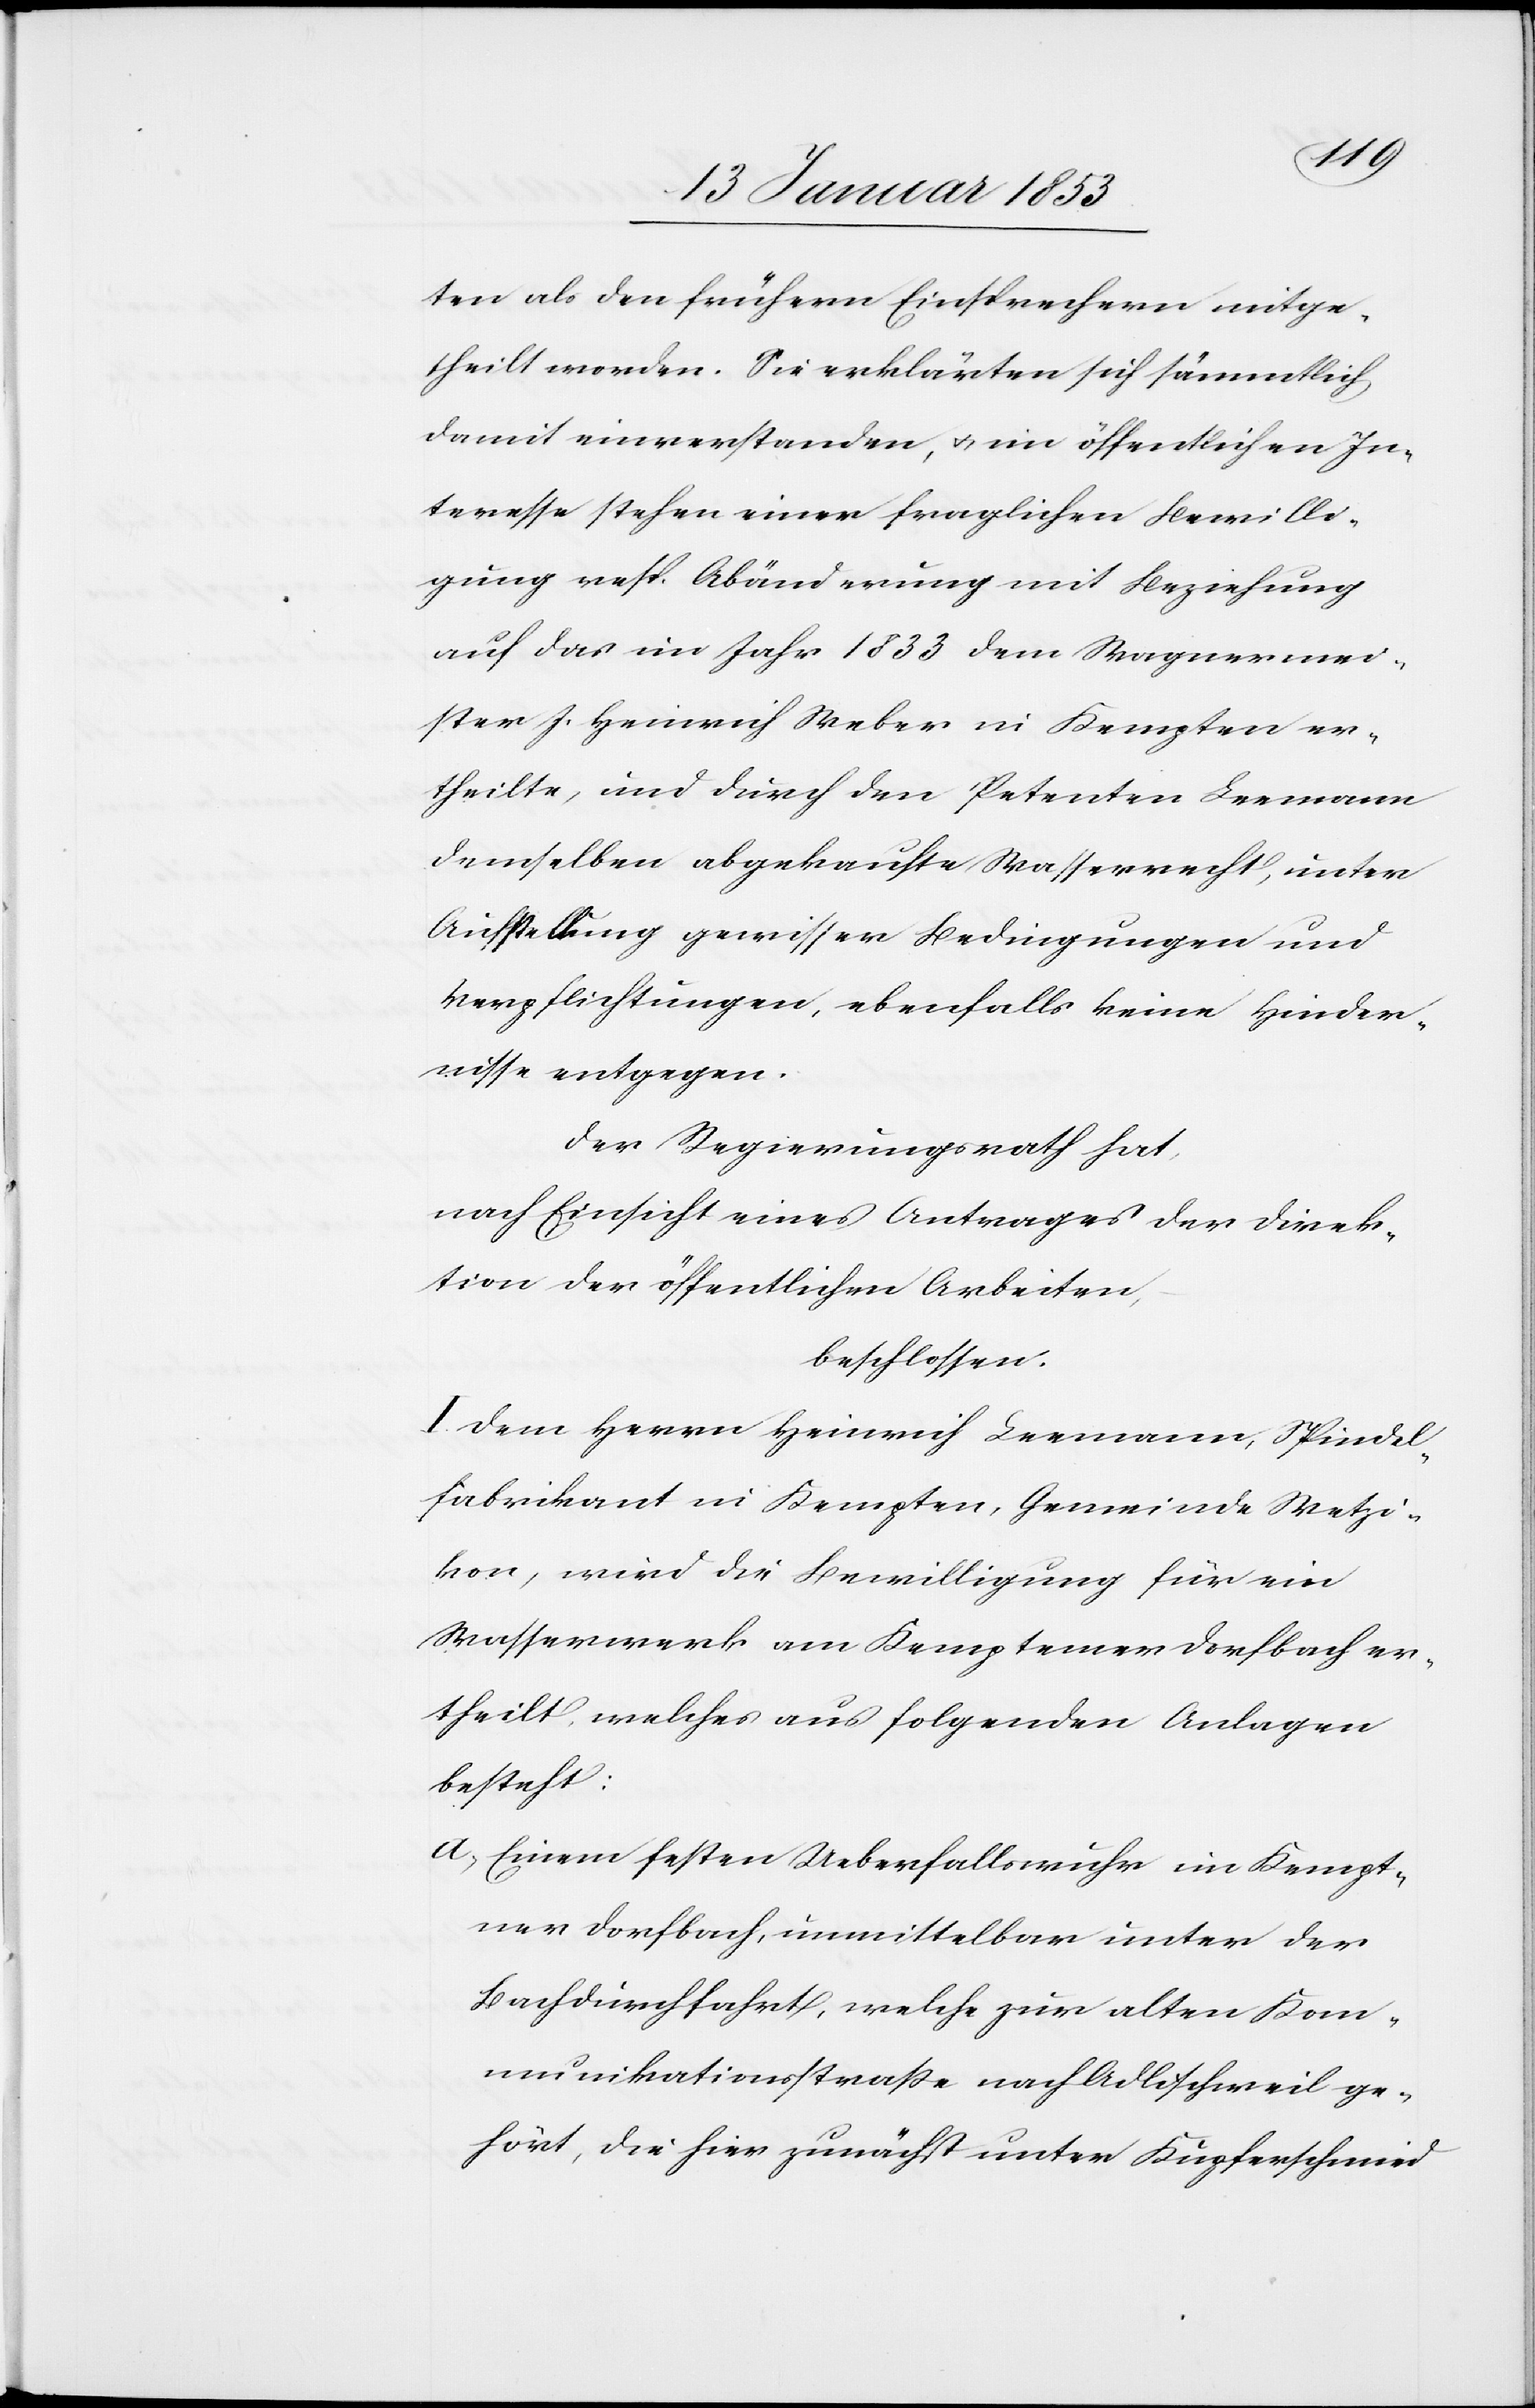
tion
ten als den frühern Einsprechern mitge¬
theilt worden. Sie erklärten sich sämmtlich
damit einverstanden, u. im öffentlichen In¬
teresse stehen einer fraglichen Bewilli¬
gung resp. Abänderung mit Beziehung
auf das im Jahr 1833 dem Wagnermei¬
ster J. Heinrich Weber in Kempten er¬
theilte, und durch den Petenten Leemann
demselben abgekauften Strassenrecht, unter
Aufstellung gewisser Bedingungen und
Verpflichtungen, ebenfalls keine Hinder¬
nisse entgegen.
Der Regierungsrath hat,
nach Einsicht eines Antrages der Direk¬
beschlossen:
I. Dem Herrn Heinrich Leemann, Spindel¬
fabrikant in Kempten, Gemeinde Wetzi¬
kon, wird die Bewilligung für ein
Wasserwerk am Kemptemer Dorfbach er¬
theilt, welcher aus folgenden Anlagen
besteht:
a, Einem festen Ueberfallswuhr im Kempt¬
ner Dorfbach, unmittelbar unter der
Bachdurchfahrt, welche zur alten Kom¬
munikationsstraße nach Adlischweil ge¬
hört, die hier zunächst unter Kupferschmied